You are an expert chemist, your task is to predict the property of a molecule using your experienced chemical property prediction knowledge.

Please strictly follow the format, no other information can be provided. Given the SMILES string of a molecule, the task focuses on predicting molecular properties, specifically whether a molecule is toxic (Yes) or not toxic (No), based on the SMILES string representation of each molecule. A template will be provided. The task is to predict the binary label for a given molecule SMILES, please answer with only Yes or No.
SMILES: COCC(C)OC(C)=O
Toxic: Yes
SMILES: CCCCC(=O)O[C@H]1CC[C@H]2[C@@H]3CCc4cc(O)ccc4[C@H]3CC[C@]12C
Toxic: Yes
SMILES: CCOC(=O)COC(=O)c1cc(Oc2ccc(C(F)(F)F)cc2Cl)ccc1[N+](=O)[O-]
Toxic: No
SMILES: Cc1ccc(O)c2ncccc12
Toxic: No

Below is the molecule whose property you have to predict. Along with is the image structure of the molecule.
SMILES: CC(C)OC(=O)Cc1ccccc1
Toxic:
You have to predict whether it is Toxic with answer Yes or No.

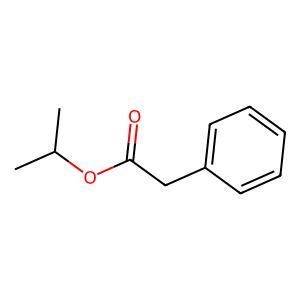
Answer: No